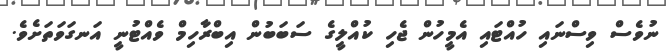
ނުވެސް ވިސްނައި ހުއްޓައި އެމީހުން ޖެހި ކުއްލީގެ ސަބަބުން އިބްރާހިމް ވެއްޓުނީ އަނގަވަތަށެވެ.